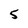
Character: 5